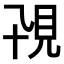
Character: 𧠍